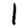
Digit: 1